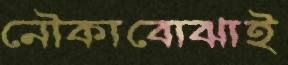
নৌকাবোঝাই